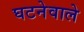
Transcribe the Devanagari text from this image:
घटनेवाले